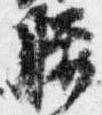
腰